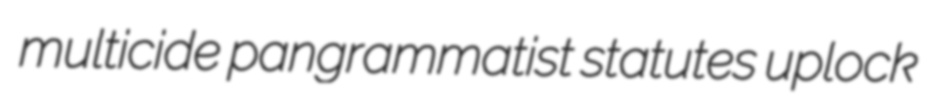
multicide pangrammatist statutes uplock